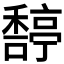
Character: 𥢿